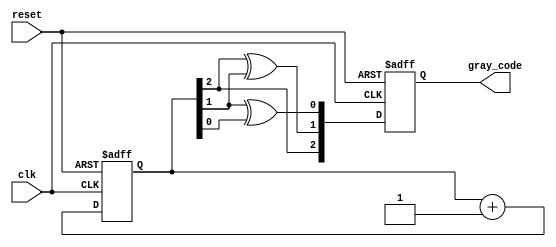
module gray_code_counter (
    input wire clk,       // Clock signal
    input wire reset,     // Asynchronous reset
    output reg [2:0] gray_code // 3-bit Gray code output
);

// Internal signals for the D flip-flops
reg [2:0] binary; // Binary representation for state transitions

// Asynchronous reset and state update
always @(posedge clk or posedge reset) begin
    if (reset) begin
        // Reset to Gray code 000
        gray_code <= 3'b000;
        binary <= 3'b000;
    end else begin
        // Binary increment
        binary <= binary + 1;

        // Gray code conversion from binary
        gray_code[2] <= binary[2];                   // MSB remains the same
        gray_code[1] <= binary[2] ^ binary[1];       // XOR for second bit
        gray_code[0] <= binary[1] ^ binary[0];       // XOR for LSB
    end
end

endmodule